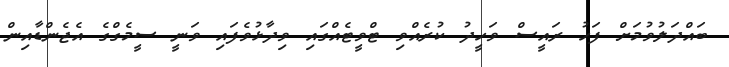
ބައްދަލުވުމަށް ފަހު ރައީސް ވަހީދު ކުރެއްވި ޓްވީޓެއްގައި ވިދާޅުވެފައި ވަނީ ސީމެގްގެ އެޖެންޑާއިން